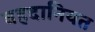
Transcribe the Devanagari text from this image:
वहदानियत